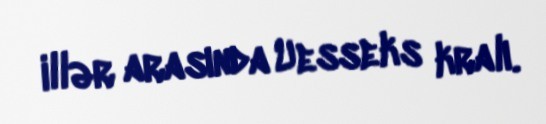
illər arasında Uesseks kralı.